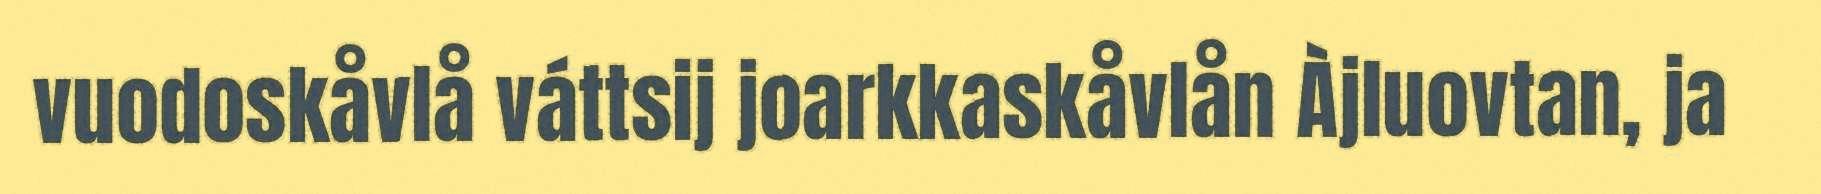
vuodoskåvlå váttsij joarkkaskåvlån Àjluovtan, ja